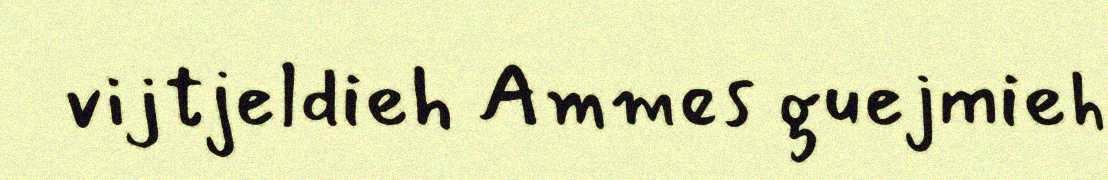
vijtjeldieh Ammes guejmieh